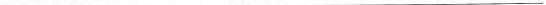
___